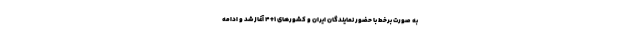
به صورت برخط با حضور نمایندگان ایران و کشورهای ۱+۴ آغاز شد و ادامه